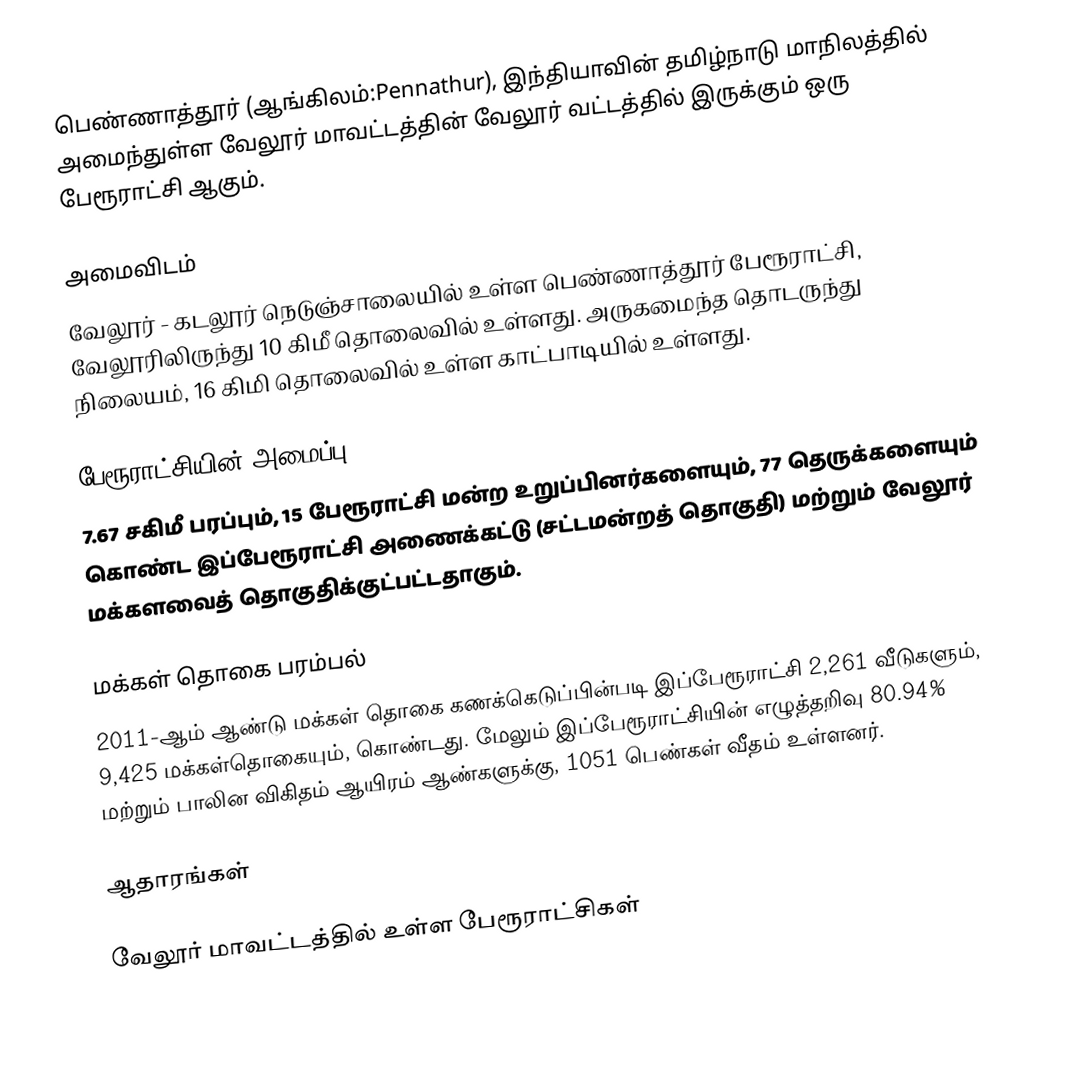
பெண்ணாத்தூர் (ஆங்கிலம்:Pennathur), இந்தியாவின் தமிழ்நாடு மாநிலத்தில் அமைந்துள்ள வேலூர் மாவட்டத்தின் வேலூர் வட்டத்தில்  இருக்கும் ஒரு பேரூராட்சி ஆகும்.

அமைவிடம்
வேலூர் - கடலூர் நெடுஞ்சாலையில் உள்ள பெண்ணாத்தூர் பேரூராட்சி, வேலூரிலிருந்து 10 கிமீ தொலைவில் உள்ளது. அருகமைந்த தொடருந்து நிலையம், 16 கிமி தொலைவில் உள்ள  காட்பாடியில் உள்ளது.

பேரூராட்சியின் அமைப்பு
7.67 சகிமீ பரப்பும், 15  பேரூராட்சி மன்ற உறுப்பினர்களையும்,  77 தெருக்களையும்  கொண்ட இப்பேரூராட்சி அணைக்கட்டு  (சட்டமன்றத் தொகுதி) மற்றும் வேலூர் மக்களவைத் தொகுதிக்குட்பட்டதாகும்.

மக்கள் தொகை பரம்பல்
2011-ஆம் ஆண்டு மக்கள் தொகை கணக்கெடுப்பின்படி   இப்பேரூராட்சி 2,261  வீடுகளும்,  9,425 மக்கள்தொகையும், கொண்டது. மேலும் இப்பேரூராட்சியின் எழுத்தறிவு 80.94%  மற்றும்  பாலின விகிதம்  ஆயிரம் ஆண்களுக்கு, 1051      பெண்கள் வீதம் உள்ளனர்.

ஆதாரங்கள்

வேலூர் மாவட்டத்தில் உள்ள பேரூராட்சிகள்